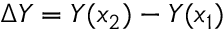
\Delta Y = Y ( x _ { 2 } ) - Y ( x _ { 1 } )